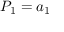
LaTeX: P _ { 1 } = a _ { 1 }